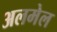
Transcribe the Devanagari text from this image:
अलमेल